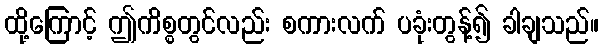
ထို့ကြောင့် ဤကိစ္စတွင်လည်း စကားလက် ပခုံးတွန့်၍ ခါချသည်။